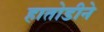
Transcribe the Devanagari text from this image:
हातोडीने